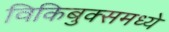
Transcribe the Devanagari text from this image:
विकिबुक्समध्ये